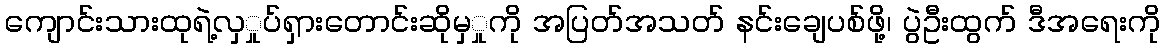
ကျောင်းသားထုရဲ့လှှုပ်ရှားတောင်းဆိုမှှုကို အပြတ်အသတ် နင်းချေပစ်ဖို့၊ ပွဲဦးထွက် ဒီအရေးကို